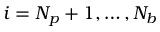
i = N _ { p } + 1 , \dots , N _ { b }